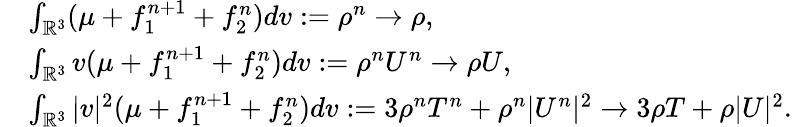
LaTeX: \begin{array}{rl}&{\int_{\mathbb{R}^{3}}(\mu+f_{1}^{n+1}+f_{2}^{n})dv:=\rho^{n}\rightarrow\rho,}\\ &{\int_{\mathbb{R}^{3}}v(\mu+f_{1}^{n+1}+f_{2}^{n})dv:=\rho^{n}U^{n}\rightarrow\rho U,}\\ &{\int_{\mathbb{R}^{3}}|v|^{2}(\mu+f_{1}^{n+1}+f_{2}^{n})dv:=3\rho^{n}T^{n}+\rho^{n}|U^{n}|^{2}\rightarrow 3\rho T+\rho|U|^{2}.}\end{array}